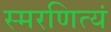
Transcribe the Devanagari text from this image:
स्मरणित्यं